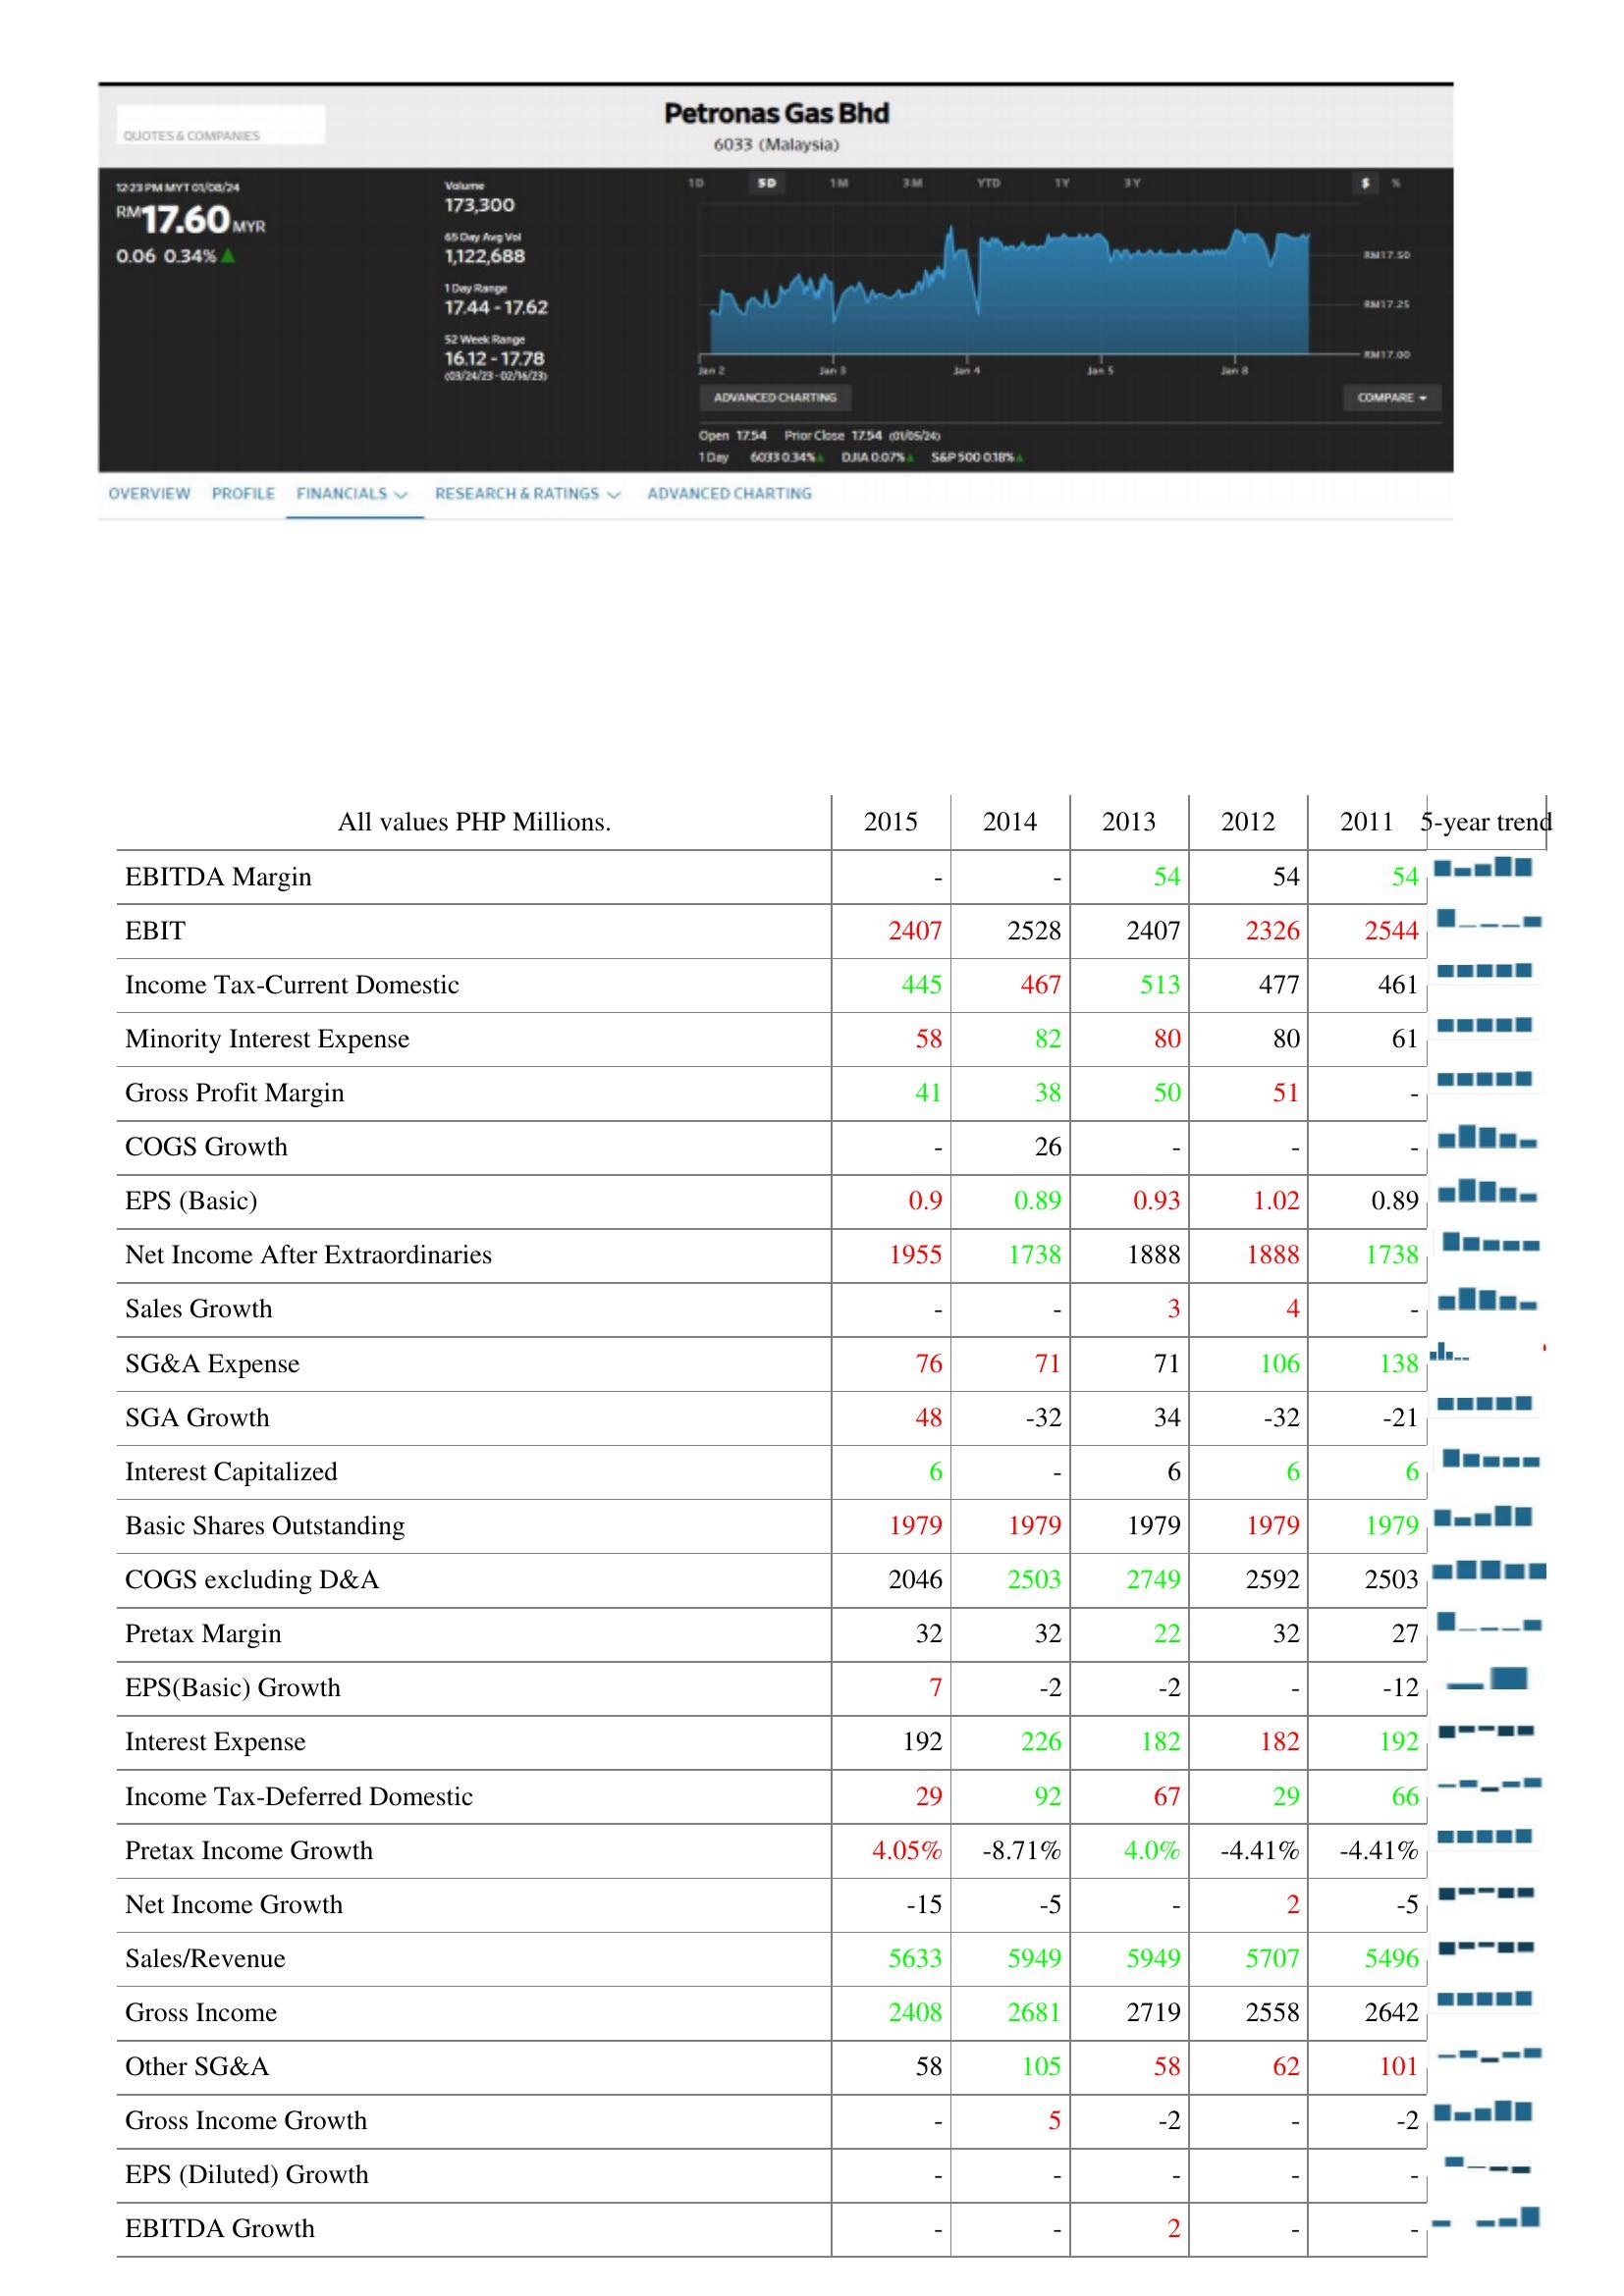
2015: : EBITDA Margin: -
EBIT: 2407
Income Tax-Current Domestic: 445
Minority Interest Expense: 58
Gross Profit Margin: 41
COGS Growth: -
EPS (Basic): 0.9
Net Income After Extraordinaries: 1955
Sales Growth: -
SG&A Expense: 76
SGA Growth: 48
Interest Capitalized: 6
Basic Shares Outstanding: 1979
COGS excluding D&A: 2046
Pretax Margin: 32
EPS(Basic) Growth: 7
Interest Expense: 192
Income Tax-Deferred Domestic: 29
Pretax Income Growth: 4.05%
Net Income Growth: -15
Sales/Revenue: 5633
Gross Income: 2408
Other SG&A: 58
Gross Income Growth: -
EPS (Diluted) Growth: -
EBITDA Growth: -
2014: : EBITDA Margin: -
EBIT: 2528
Income Tax-Current Domestic: 467
Minority Interest Expense: 82
Gross Profit Margin: 38
COGS Growth: 26
EPS (Basic): 0.89
Net Income After Extraordinaries: 1738
Sales Growth: -
SG&A Expense: 71
SGA Growth: -32
Interest Capitalized: -
Basic Shares Outstanding: 1979
COGS excluding D&A: 2503
Pretax Margin: 32
EPS(Basic) Growth: -2
Interest Expense: 226
Income Tax-Deferred Domestic: 92
Pretax Income Growth: -8.71%
Net Income Growth: -5
Sales/Revenue: 5949
Gross Income: 2681
Other SG&A: 105
Gross Income Growth: 5
EPS (Diluted) Growth: -
EBITDA Growth: -
2013: : EBITDA Margin: 54
EBIT: 2407
Income Tax-Current Domestic: 513
Minority Interest Expense: 80
Gross Profit Margin: 50
COGS Growth: -
EPS (Basic): 0.93
Net Income After Extraordinaries: 1888
Sales Growth: 3
SG&A Expense: 71
SGA Growth: 34
Interest Capitalized: 6
Basic Shares Outstanding: 1979
COGS excluding D&A: 2749
Pretax Margin: 22
EPS(Basic) Growth: -2
Interest Expense: 182
Income Tax-Deferred Domestic: 67
Pretax Income Growth: 4.0%
Net Income Growth: -
Sales/Revenue: 5949
Gross Income: 2719
Other SG&A: 58
Gross Income Growth: -2
EPS (Diluted) Growth: -
EBITDA Growth: 2
2012: : EBITDA Margin: 54
EBIT: 2326
Income Tax-Current Domestic: 477
Minority Interest Expense: 80
Gross Profit Margin: 51
COGS Growth: -
EPS (Basic): 1.02
Net Income After Extraordinaries: 1888
Sales Growth: 4
SG&A Expense: 106
SGA Growth: -32
Interest Capitalized: 6
Basic Shares Outstanding: 1979
COGS excluding D&A: 2592
Pretax Margin: 32
EPS(Basic) Growth: -
Interest Expense: 182
Income Tax-Deferred Domestic: 29
Pretax Income Growth: -4.41%
Net Income Growth: 2
Sales/Revenue: 5707
Gross Income: 2558
Other SG&A: 62
Gross Income Growth: -
EPS (Diluted) Growth: -
EBITDA Growth: -
2011: : EBITDA Margin: 54
EBIT: 2544
Income Tax-Current Domestic: 461
Minority Interest Expense: 61
Gross Profit Margin: -
COGS Growth: -
EPS (Basic): 0.89
Net Income After Extraordinaries: 1738
Sales Growth: -
SG&A Expense: 138
SGA Growth: -21
Interest Capitalized: 6
Basic Shares Outstanding: 1979
COGS excluding D&A: 2503
Pretax Margin: 27
EPS(Basic) Growth: -12
Interest Expense: 192
Income Tax-Deferred Domestic: 66
Pretax Income Growth: -4.41%
Net Income Growth: -5
Sales/Revenue: 5496
Gross Income: 2642
Other SG&A: 101
Gross Income Growth: -2
EPS (Diluted) Growth: -
EBITDA Growth: -